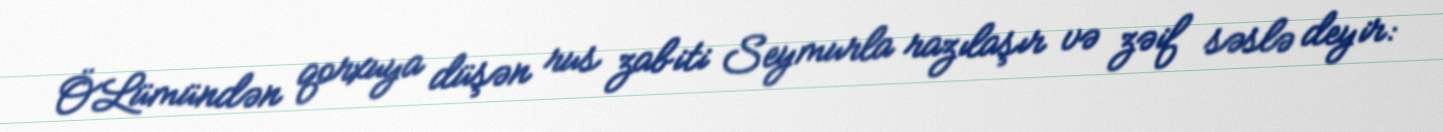
ÖLümündən qorxuya düşən rus zabiti Seymurla razılaşır və zəif səslə deyir: